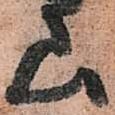
上